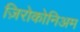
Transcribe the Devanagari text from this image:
ज़िरोकोनिअम